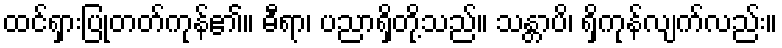
ထင်ရှားပြုတတ်ကုန်၏။ ဓီရာ၊ ပညာရှိတို့သည်။ သန္တာပိ၊ ရှိကုန်လျက်လည်း။